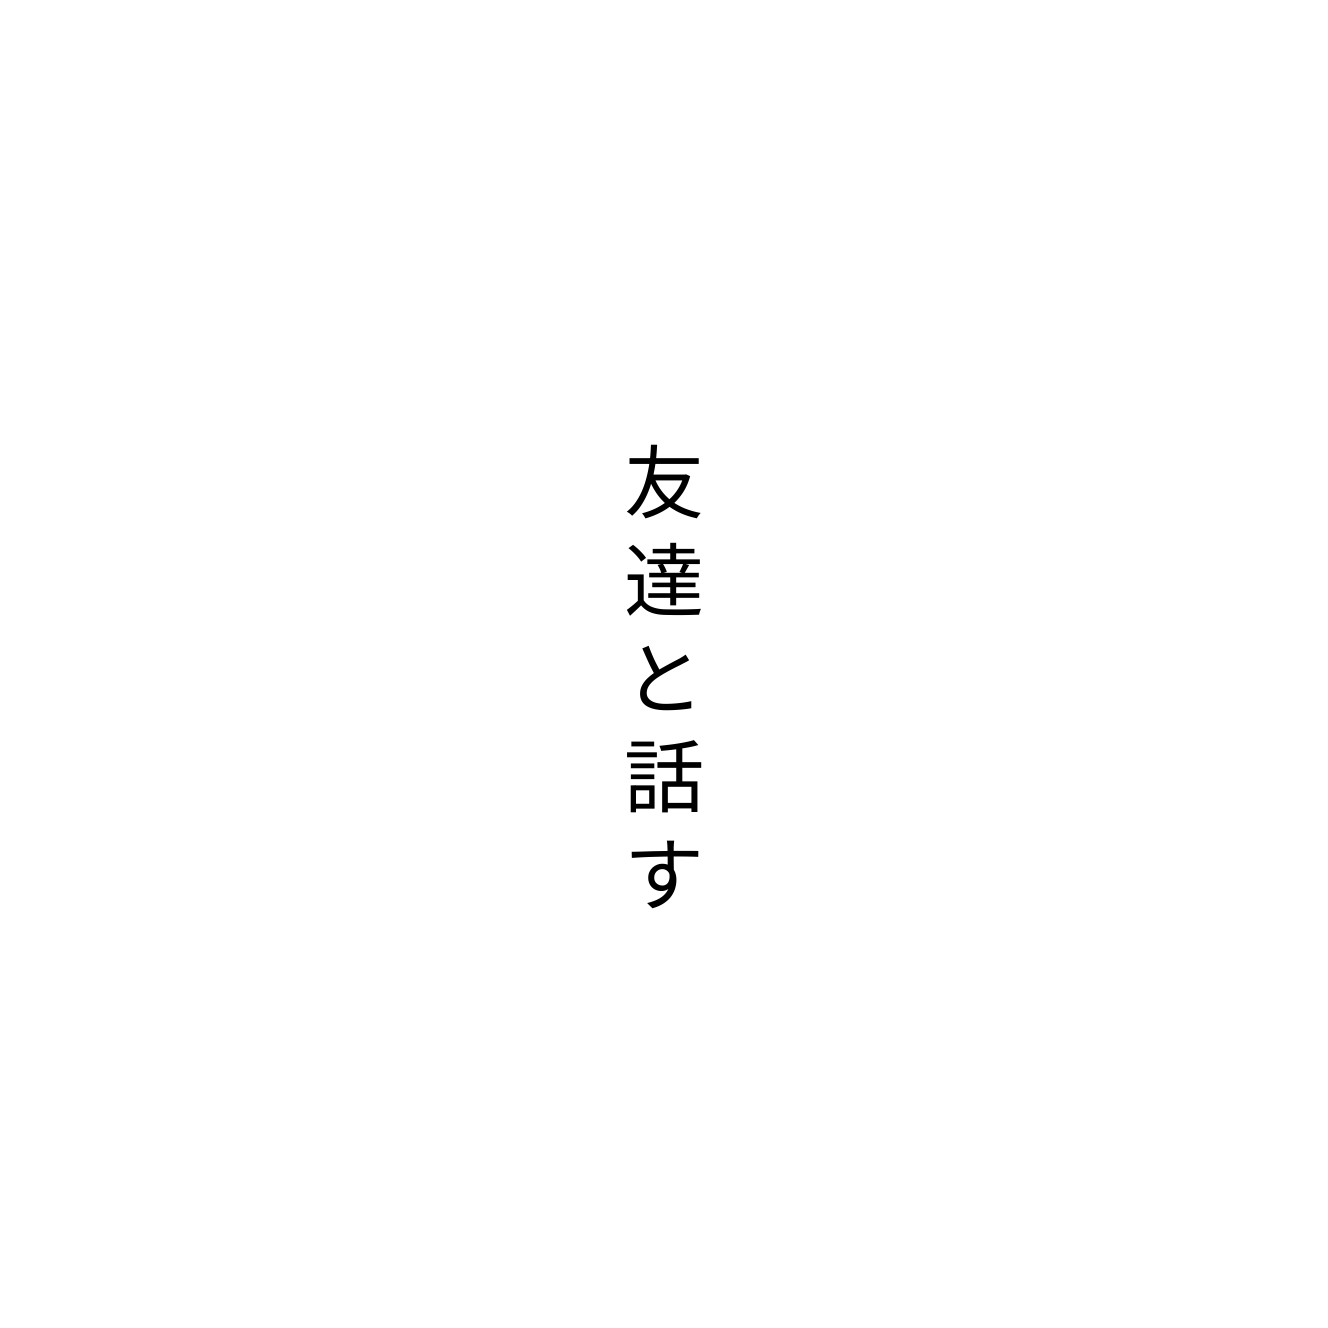
友達と話す